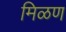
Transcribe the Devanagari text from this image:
मिळण